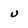
Character: v